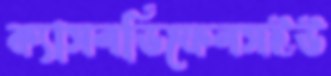
ক্যাসলডিফেলসইউ